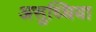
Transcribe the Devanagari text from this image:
असुध्धिया